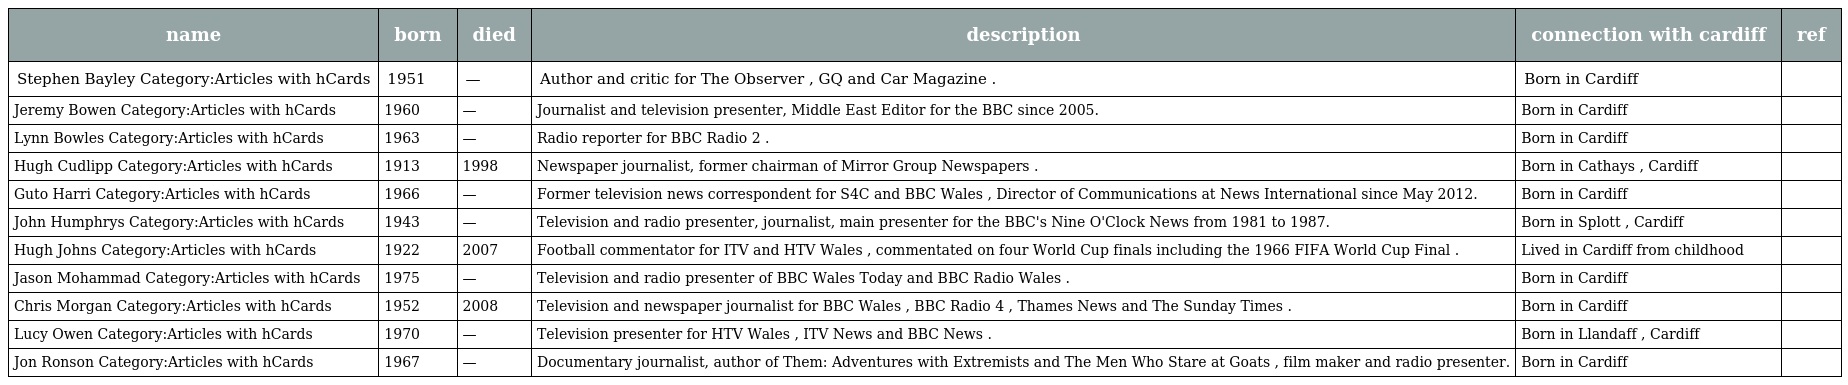
| name | born | died | description | connection with cardiff | ref |
 | --- | --- | --- | --- | --- | --- |
 | Stephen Bayley Category:Articles with hCards | 1951 | — | Author and critic for The Observer , GQ and Car Magazine . | Born in Cardiff |  |
 | Jeremy Bowen Category:Articles with hCards | 1960 | — | Journalist and television presenter, Middle East Editor for the BBC since 2005. | Born in Cardiff |  |
 | Lynn Bowles Category:Articles with hCards | 1963 | — | Radio reporter for BBC Radio 2 . | Born in Cardiff |  |
 | Hugh Cudlipp Category:Articles with hCards | 1913 | 1998 | Newspaper journalist, former chairman of Mirror Group Newspapers . | Born in Cathays , Cardiff |  |
 | Guto Harri Category:Articles with hCards | 1966 | — | Former television news correspondent for S4C and BBC Wales , Director of Communications at News International since May 2012. | Born in Cardiff |  |
 | John Humphrys Category:Articles with hCards | 1943 | — | Television and radio presenter, journalist, main presenter for the BBC's Nine O'Clock News from 1981 to 1987. | Born in Splott , Cardiff |  |
 | Hugh Johns Category:Articles with hCards | 1922 | 2007 | Football commentator for ITV and HTV Wales , commentated on four World Cup finals including the 1966 FIFA World Cup Final . | Lived in Cardiff from childhood |  |
 | Jason Mohammad Category:Articles with hCards | 1975 | — | Television and radio presenter of BBC Wales Today and BBC Radio Wales . | Born in Cardiff |  |
 | Chris Morgan Category:Articles with hCards | 1952 | 2008 | Television and newspaper journalist for BBC Wales , BBC Radio 4 , Thames News and The Sunday Times . | Born in Cardiff |  |
 | Lucy Owen Category:Articles with hCards | 1970 | — | Television presenter for HTV Wales , ITV News and BBC News . | Born in Llandaff , Cardiff |  |
 | Jon Ronson Category:Articles with hCards | 1967 | — | Documentary journalist, author of Them: Adventures with Extremists and The Men Who Stare at Goats , film maker and radio presenter. | Born in Cardiff |  |